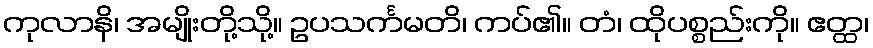
ကုလာနိ၊ အမျိုးတို့သို့။ ဥပသင်္ကမတိ၊ ကပ်၏။ တံ၊ ထိုပစ္စည်းကို။ ဧတ္ထ၊